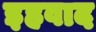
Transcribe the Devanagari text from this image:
इहवाद